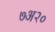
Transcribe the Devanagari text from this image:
७अ२०